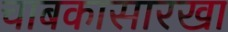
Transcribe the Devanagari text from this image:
चाबकासारखा